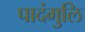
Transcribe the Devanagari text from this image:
पादंगुलि